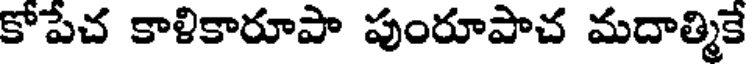
కోపేచ కాళికారూపా పుంరూపాచ మదాత్మికే